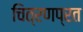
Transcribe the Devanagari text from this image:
चित्रणप्रत